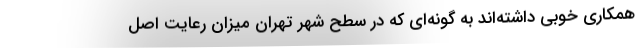
همکاری خوبی داشته‌اند به گونه‌ای که در سطح شهر تهران میزان رعایت اصل